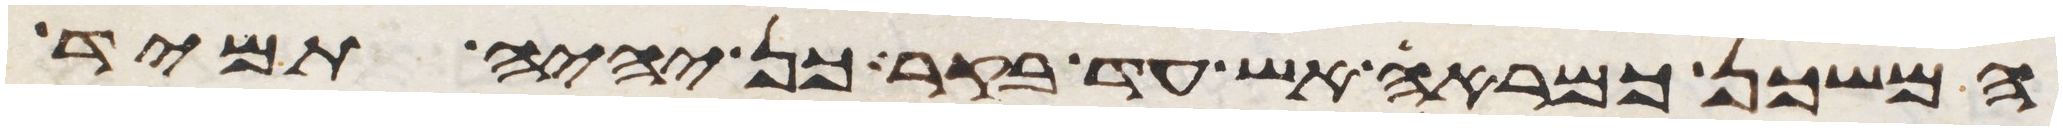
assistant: המשכן כמראה אש עד בקר כן יהיה תמיד